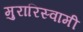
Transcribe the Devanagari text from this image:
मुरारिस्वामी